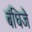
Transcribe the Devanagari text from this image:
बंधिजे